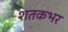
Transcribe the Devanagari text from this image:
शतकभर